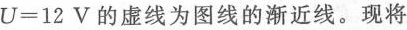
U=12V的虚线为图线的渐近线。现将